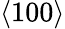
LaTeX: \langle 100\rangle